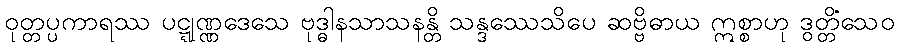
ဝုတ္တပ္ပကာရဿ ပဋ္ဋုဏ္ဏဒေသေ ဗုဒ္ဓါနသာသနန္တိ သန္ဒဿေသိပေ ဆဗ္ဗိဓာယ ဣစ္စာဟု ဒွတ္တိံသေဝ